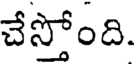
చేస్తోంది.